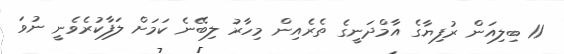
11 ބިލިއަން ރުފިޔާގެ އާމްދަނީގެ ތެރެއިން މިހާރު ލިބޭނެ ކަމަށް ލަފާކުރެވެނީ ނުވަ